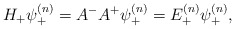
\begin{align*}H_{+}\psi^{(n)}_{+} = A^- A^+ \psi^{(n)}_{+} =E^{(n)}_{+}\psi^{(n)}_{+},\end{align*}